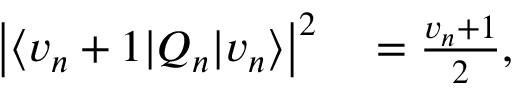
\begin{array} { r l } { \left\lvert \langle v _ { n } + 1 | Q _ { n } | v _ { n } \rangle \right\lvert ^ { 2 } } & { { } = \frac { v _ { n } + 1 } { 2 } , } \end{array}